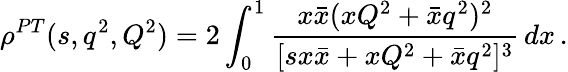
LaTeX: \rho^{PT}(s,q^{2},Q^{2})=2\int_{0}^{1}\frac{x\bar{x}(xQ^{2}+\bar{x}q^{2})^{2}}{[s{x}\bar{x}+xQ^{2}+\bar{x}q^{2}]^{3}}\, dx\, .